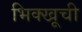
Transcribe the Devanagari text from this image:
भिक्खूची